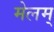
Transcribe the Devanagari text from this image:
मेलम्